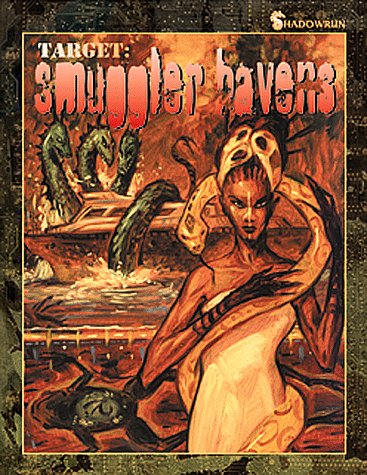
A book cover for Target: Smuggler Havens (Shadowrun); Fasa; Science Fiction & Fantasy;